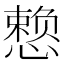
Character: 𪬯